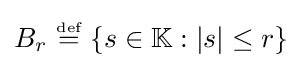
{\textstyle B_{r}~{\stackrel {\scriptscriptstyle {\text{def}}}{=}}~\{s\in \mathbb {K} :|s|\leq r\}}